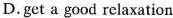
D.get a good relaxation